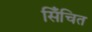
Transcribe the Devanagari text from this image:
सिँचित